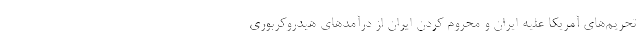
تحریم‌های آمریکا علیه ایران و محروم کردن ایران از درآمدهای هیدروکربوری